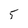
Character: 5